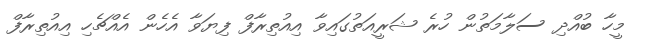
މީހާ ބުއްދި ސަލާމަތުން ހުރެ ޝަރީއަތުގައިވާ އިއުތިރާފް ފިޔަވާ އެހެން އެއްޗެހި އިއުތިރާފް